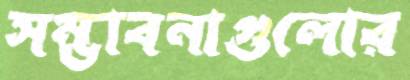
সম্ভাবনাগুলোর